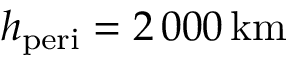
h _ { \mathrm { p e r i } } = 2 \, 0 0 0 \, \mathrm { k m }